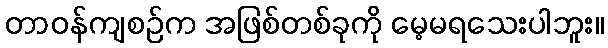
တာဝန်ကျစဉ်က အဖြစ်တစ်ခုကို မေ့မရသေးပါဘူး။